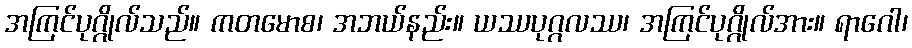
အကြင်ပုဂ္ဂိုလ်သည်။ ကတမောစ၊ အဘယ်နည်း။ ယဿပုဂ္ဂလဿ၊ အကြင်ပုဂ္ဂိုလ်အား။ ရာဂေါ၊